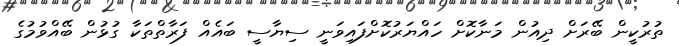
ތުރުކީން ބޭރަށް ދިއުން މަނާކޮށް ހައްޔަރުކޮށްފައިވަނީ ސިޔާސީ ބައެއް ފަރާތްތަކާ ގުޅުން ބޭއްވުމުގެ